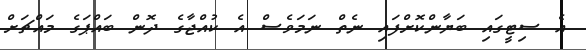
އެ ސިޓީގައި ބަޔާންކޮށްފައި ނެތް ނަމަވެސް އެ ކުއްޖާގެ ދޮން ބައްޕަގެ މައްޗަށް